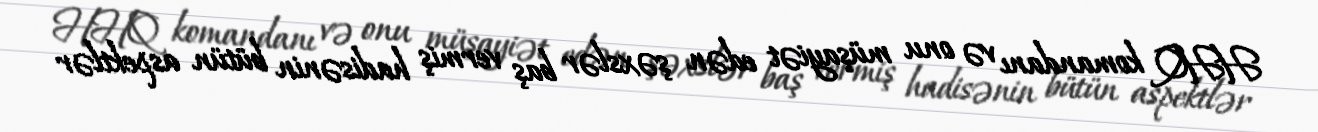
HHQ komandanı və onu müşayiət edən şəxslər baş vermiş hadisənin bütün aspektlər